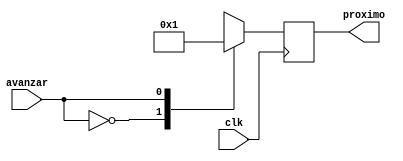
`timescale 1ns / 1ps
//////////////////////////////////////////////////////////////////////////////////
// Company: 
// Engineer: 
// 
// Design Name: 
// Module Name: SubModosVenta
// Project Name: 
// Target Devices: 
// Tool Versions: 
// Description: 
// 
// Dependencies: 
// 
// Revision:
// Revision 0.01 - File Created
// Additional Comments:
// 
//////////////////////////////////////////////////////////////////////////////////


module SubModosVenta(
    input clk,
    input avanzar,
    output reg [1:0] proximo
    );
    
     reg actual;
      
     initial begin
         actual = 0;
     end
    
    always @(posedge clk) begin
        case (avanzar)
            1'b0: proximo = actual;    // Se devuelve al estado inicial
            1'b1: begin
                case(actual)
                    1'b0: proximo = 1'b1; 
                    1'b1: proximo = 1'b0;
                endcase
            end
        endcase
        end
endmodule